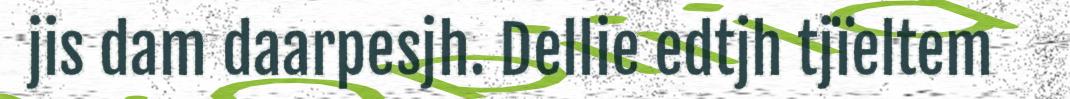
jis dam daarpesjh. Dellie edtjh tjïeltem